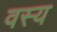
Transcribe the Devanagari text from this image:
वस्य